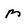
Character: M